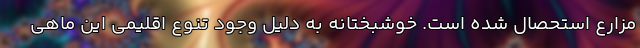
مزارع استحصال شده است. خوشبختانه به دلیل وجود تنوع اقلیمی این ماهی